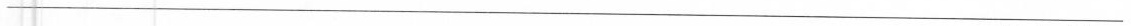
___